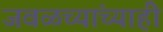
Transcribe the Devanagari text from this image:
जवळच्यांच्याही